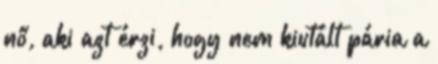
nő, aki azt érzi, hogy nem kiutált pária a